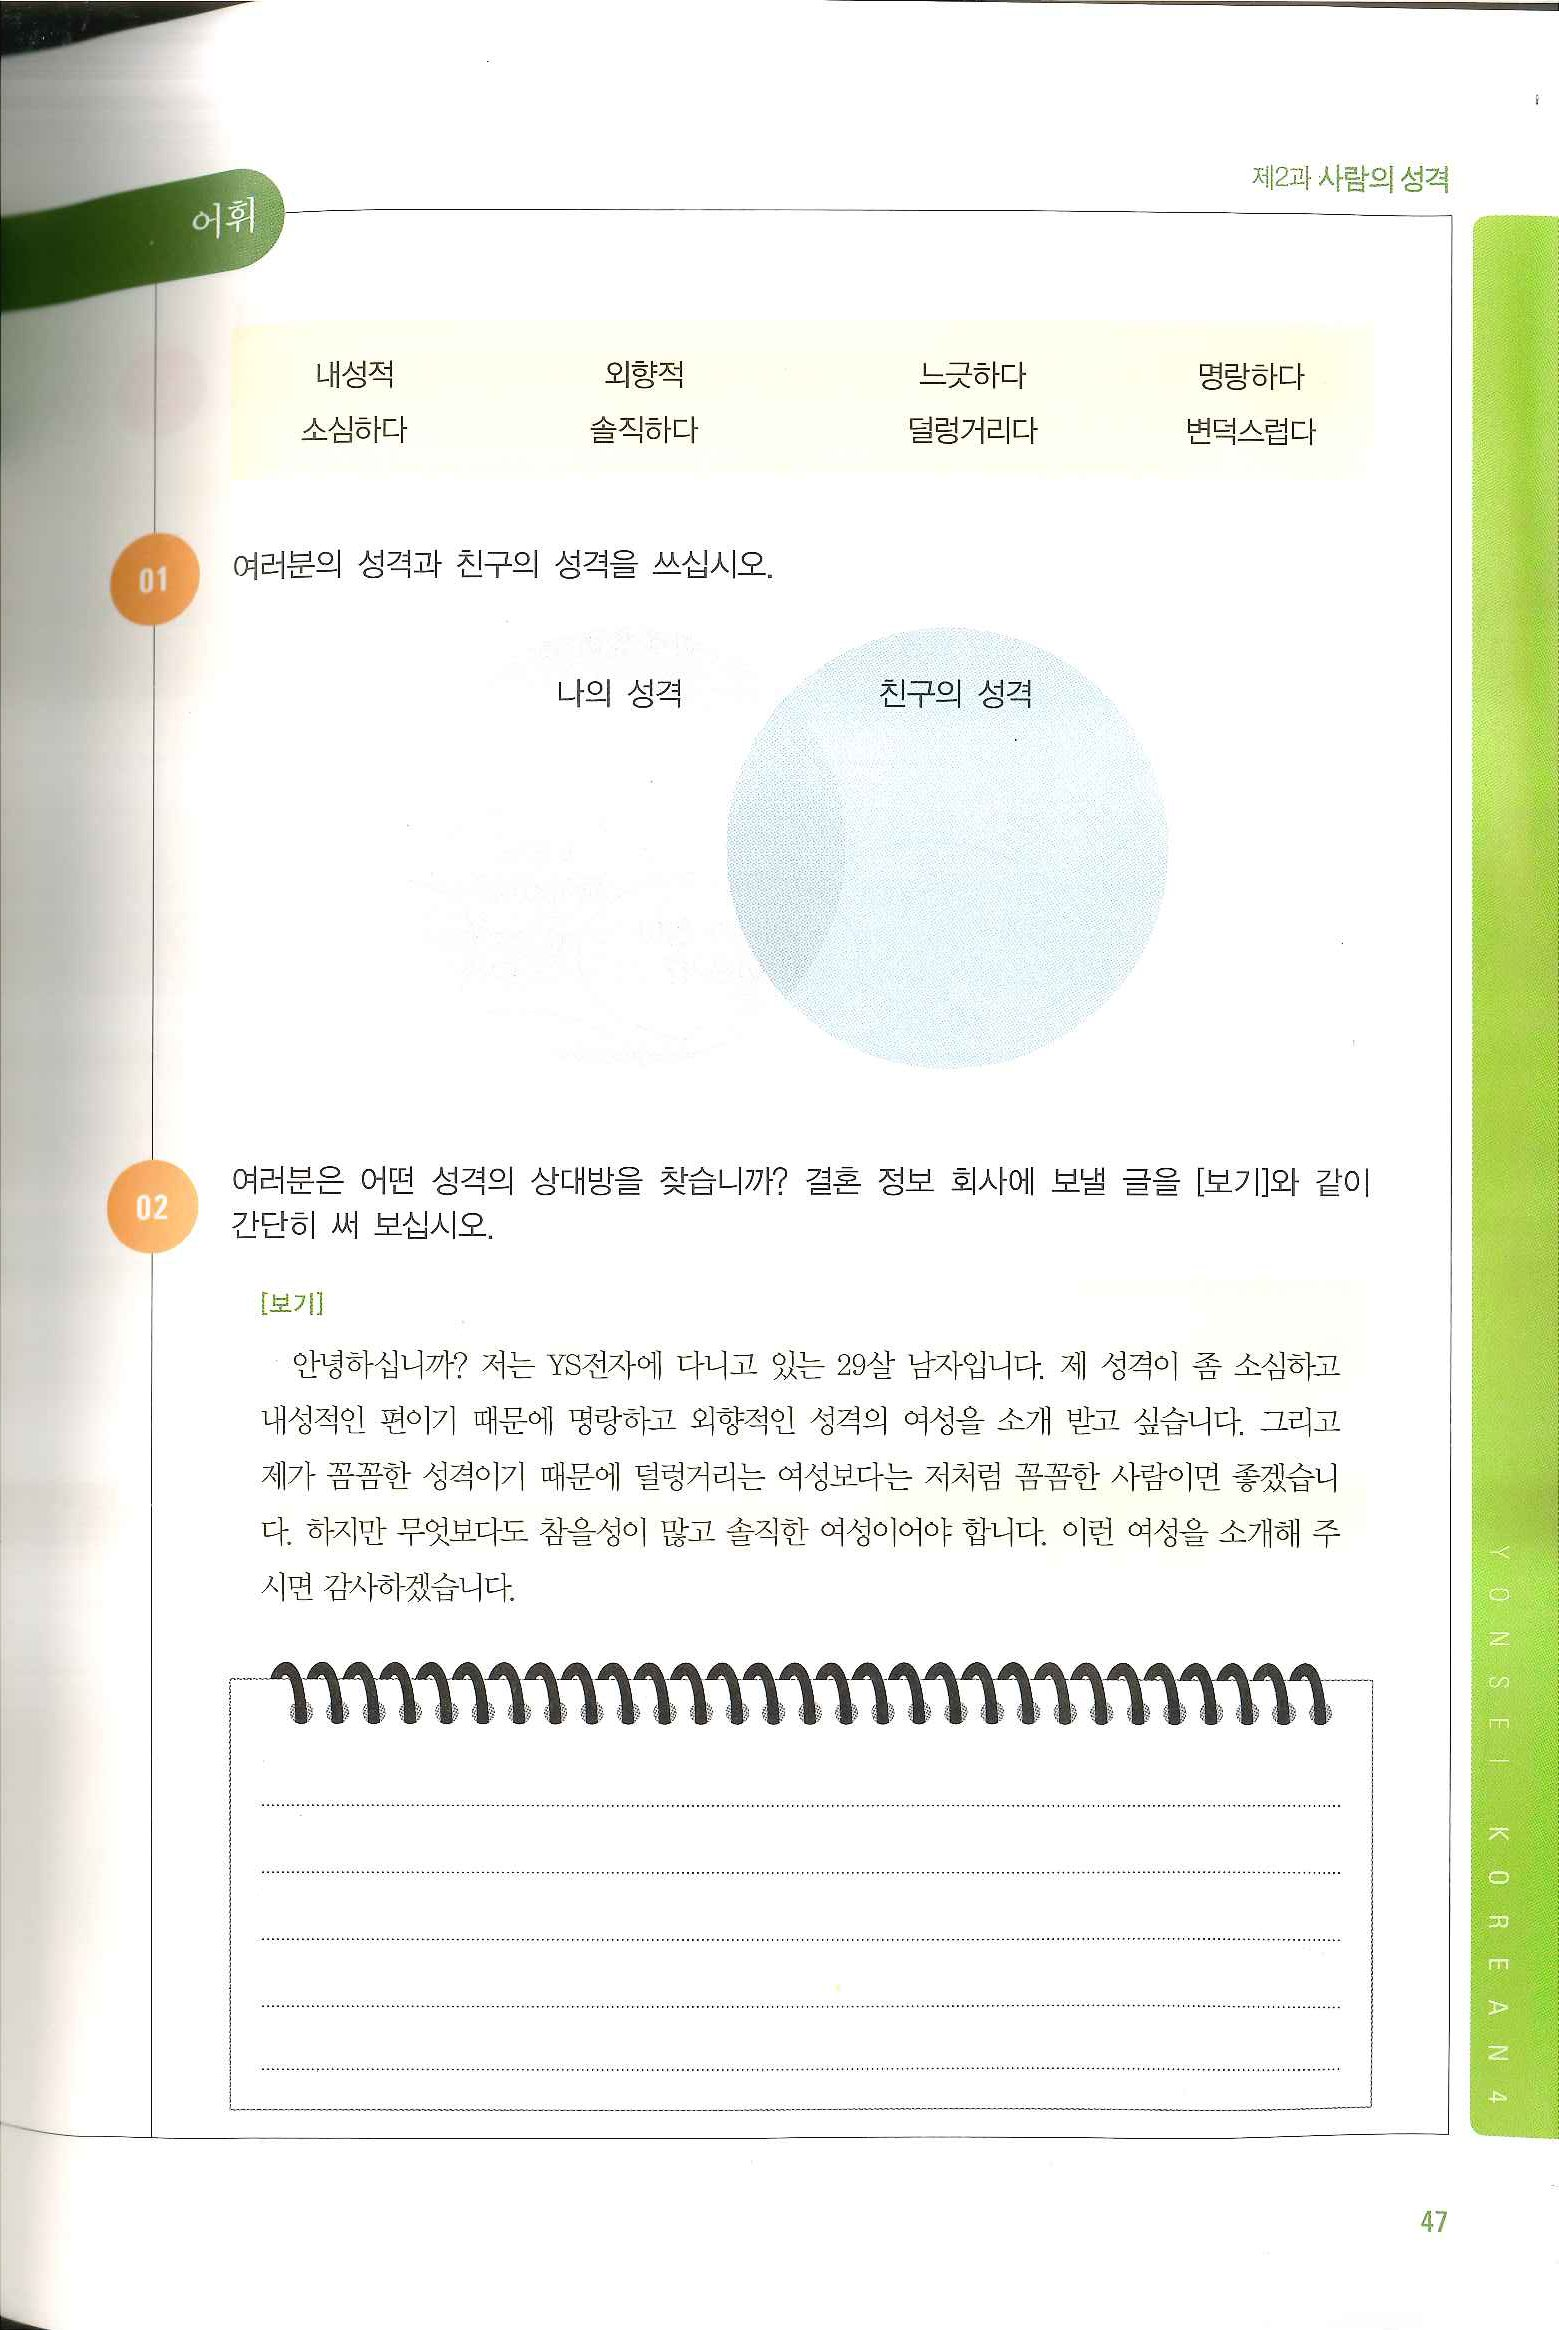
Language: ko